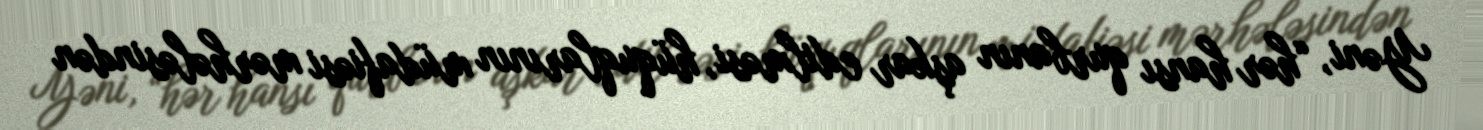
Yəni, “hər hansı qurbanın aşkar edilməsi, hüquqlarının müdafiəsi mərhələsindən